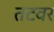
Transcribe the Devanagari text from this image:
तटवर